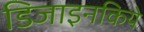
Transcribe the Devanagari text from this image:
डिजाइनकिये